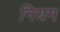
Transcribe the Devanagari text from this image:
निधम